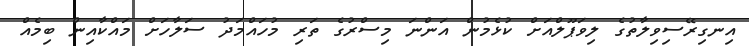
އިނގިރޭސިވިލާތުގެ ލިވަޕޫލްއަށް ކުޅެމުން އަންނަ މިސްރުގެ ތަރި މުހައްމަދު ސަލާހަށް މައްކާއިން ބިމެއްް